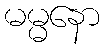
မမ္မနော